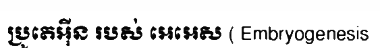
ប្រូតេអ៊ីន របស់ អេអេស ( Embryogenesis